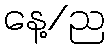
နေ့/ည